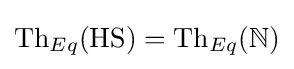
{\text{Th}}_{Eq}(\mathrm {HS} )={\text{Th}}_{Eq}(\mathbb {N} )